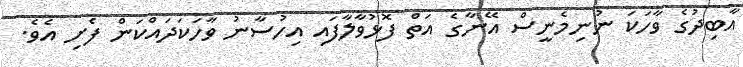
އާބިދުގެ ވާހަކަ ނުނިމެނީސް އޭނާގެ އަތް ފޮޅުވާލާފައި އިހުސާނު ވާހަކަދައްކަން ފެށި އެވެ.